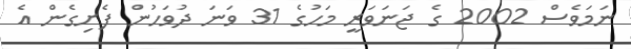
ނަމަވެސް 2002 ގެ ޖަނަވަރީ މަހުގެ 31 ވަނަ ދުވަހުން ފެށިގެން އެ